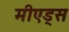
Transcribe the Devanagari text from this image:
मीएड्स